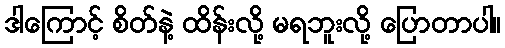
ဒါကြောင့် စိတ်နဲ့ ထိန်းလို့ မရဘူးလို့ ပြောတာပါ။